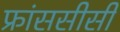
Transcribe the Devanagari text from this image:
फ्रांससीसी